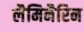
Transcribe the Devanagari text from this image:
लैमिनैरिन